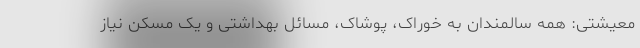
معیشتی: همه سالمندان به خوراک، پوشاک، مسائل بهداشتی و یک مسکن نیاز